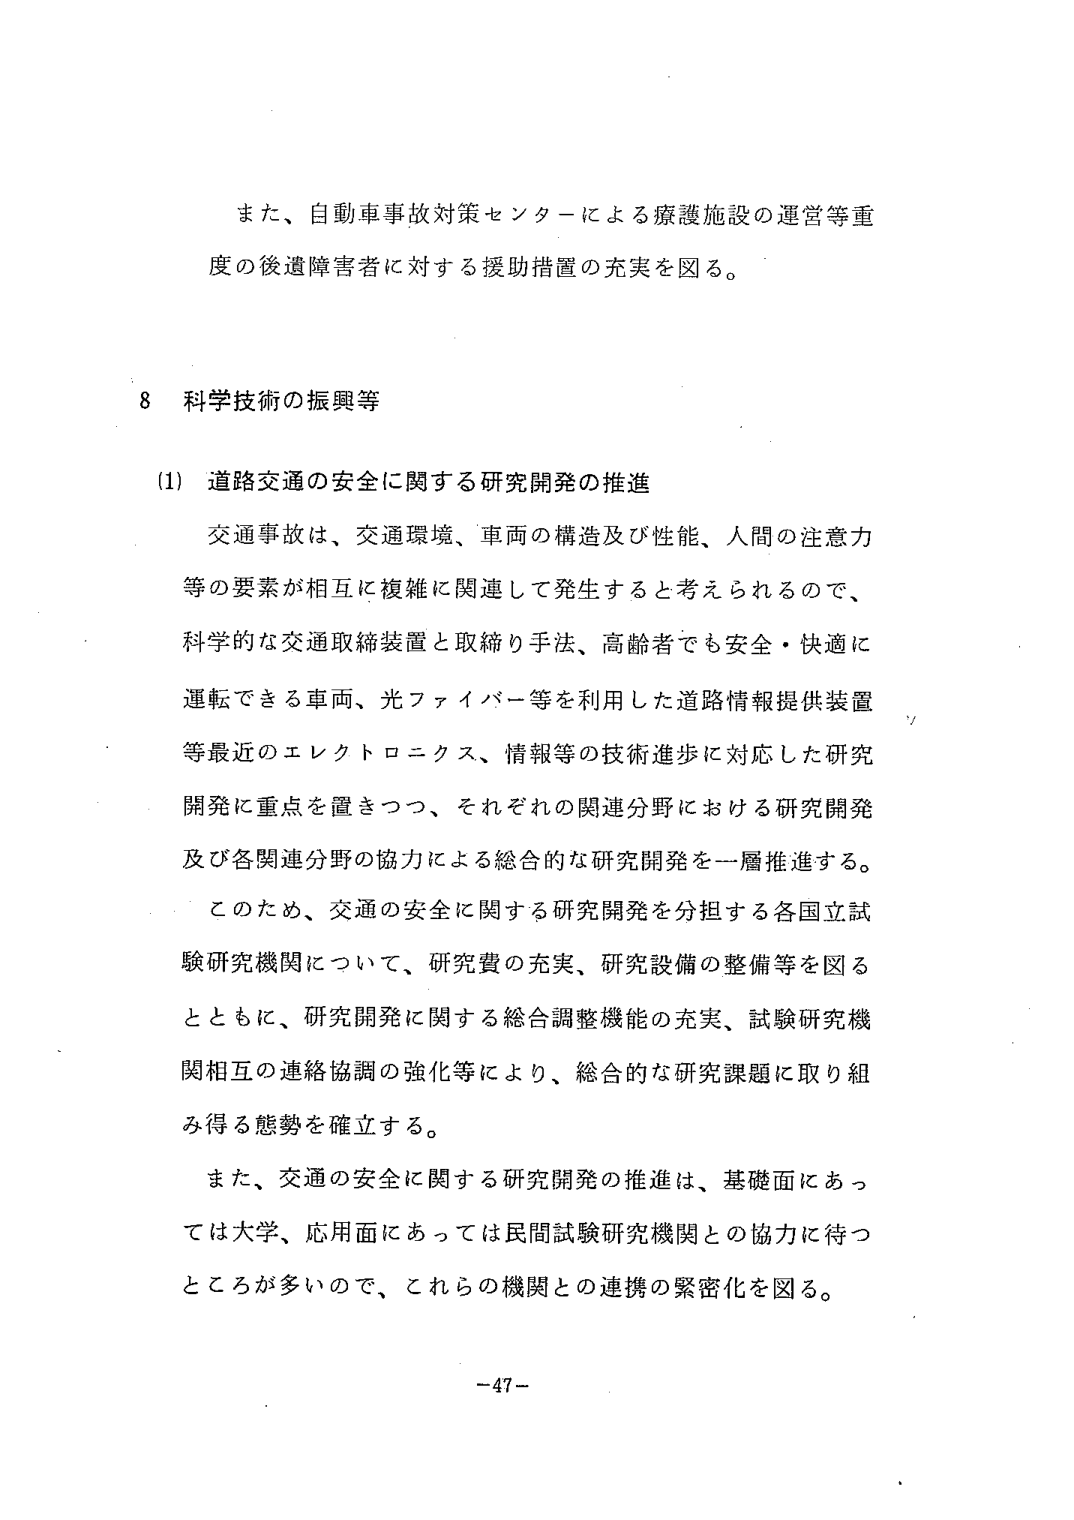
また、自動車事故対策センターによる療護施設の運営等重度の後遺障害者に対する援助措置の充実を図る。

8 科学技術の振興等

(1) 道路交通の安全に関する研究開発の推進

交通事故は、交通環境、車両の構造及び性能、人間の注意力等の要素が相互に複雑に関連して発生すると考えられるので、科学的な交通取締装置と取締り手法、高齢者でも安全・快適に運転できる車両、光ファイバー等を利用した道路情報提供装置等最近のエレクトロニクス、情報等の技術進歩に対応した研究開発に重点を置きつつ、それぞれの関連分野における研究開発及び各関連分野の協力による総合的な研究開発を一層推進する。

このため、交通の安全に関する研究開発を分担する各国立試験研究機関について、研究費の充実、研究設備の整備等を図るとともに、研究開発に関する総合調整機能の充実、試験研究機関相互の連絡協調の強化等により、総合的な研究課題に取り組み得る態勢を確立する。

また、交通の安全に関する研究開発の推進は、基礎面にあっては大学、応用面にあっては民間試験研究機関との協力に待つところが多いので、これらの機関との連携の緊密化を図る。

-47-